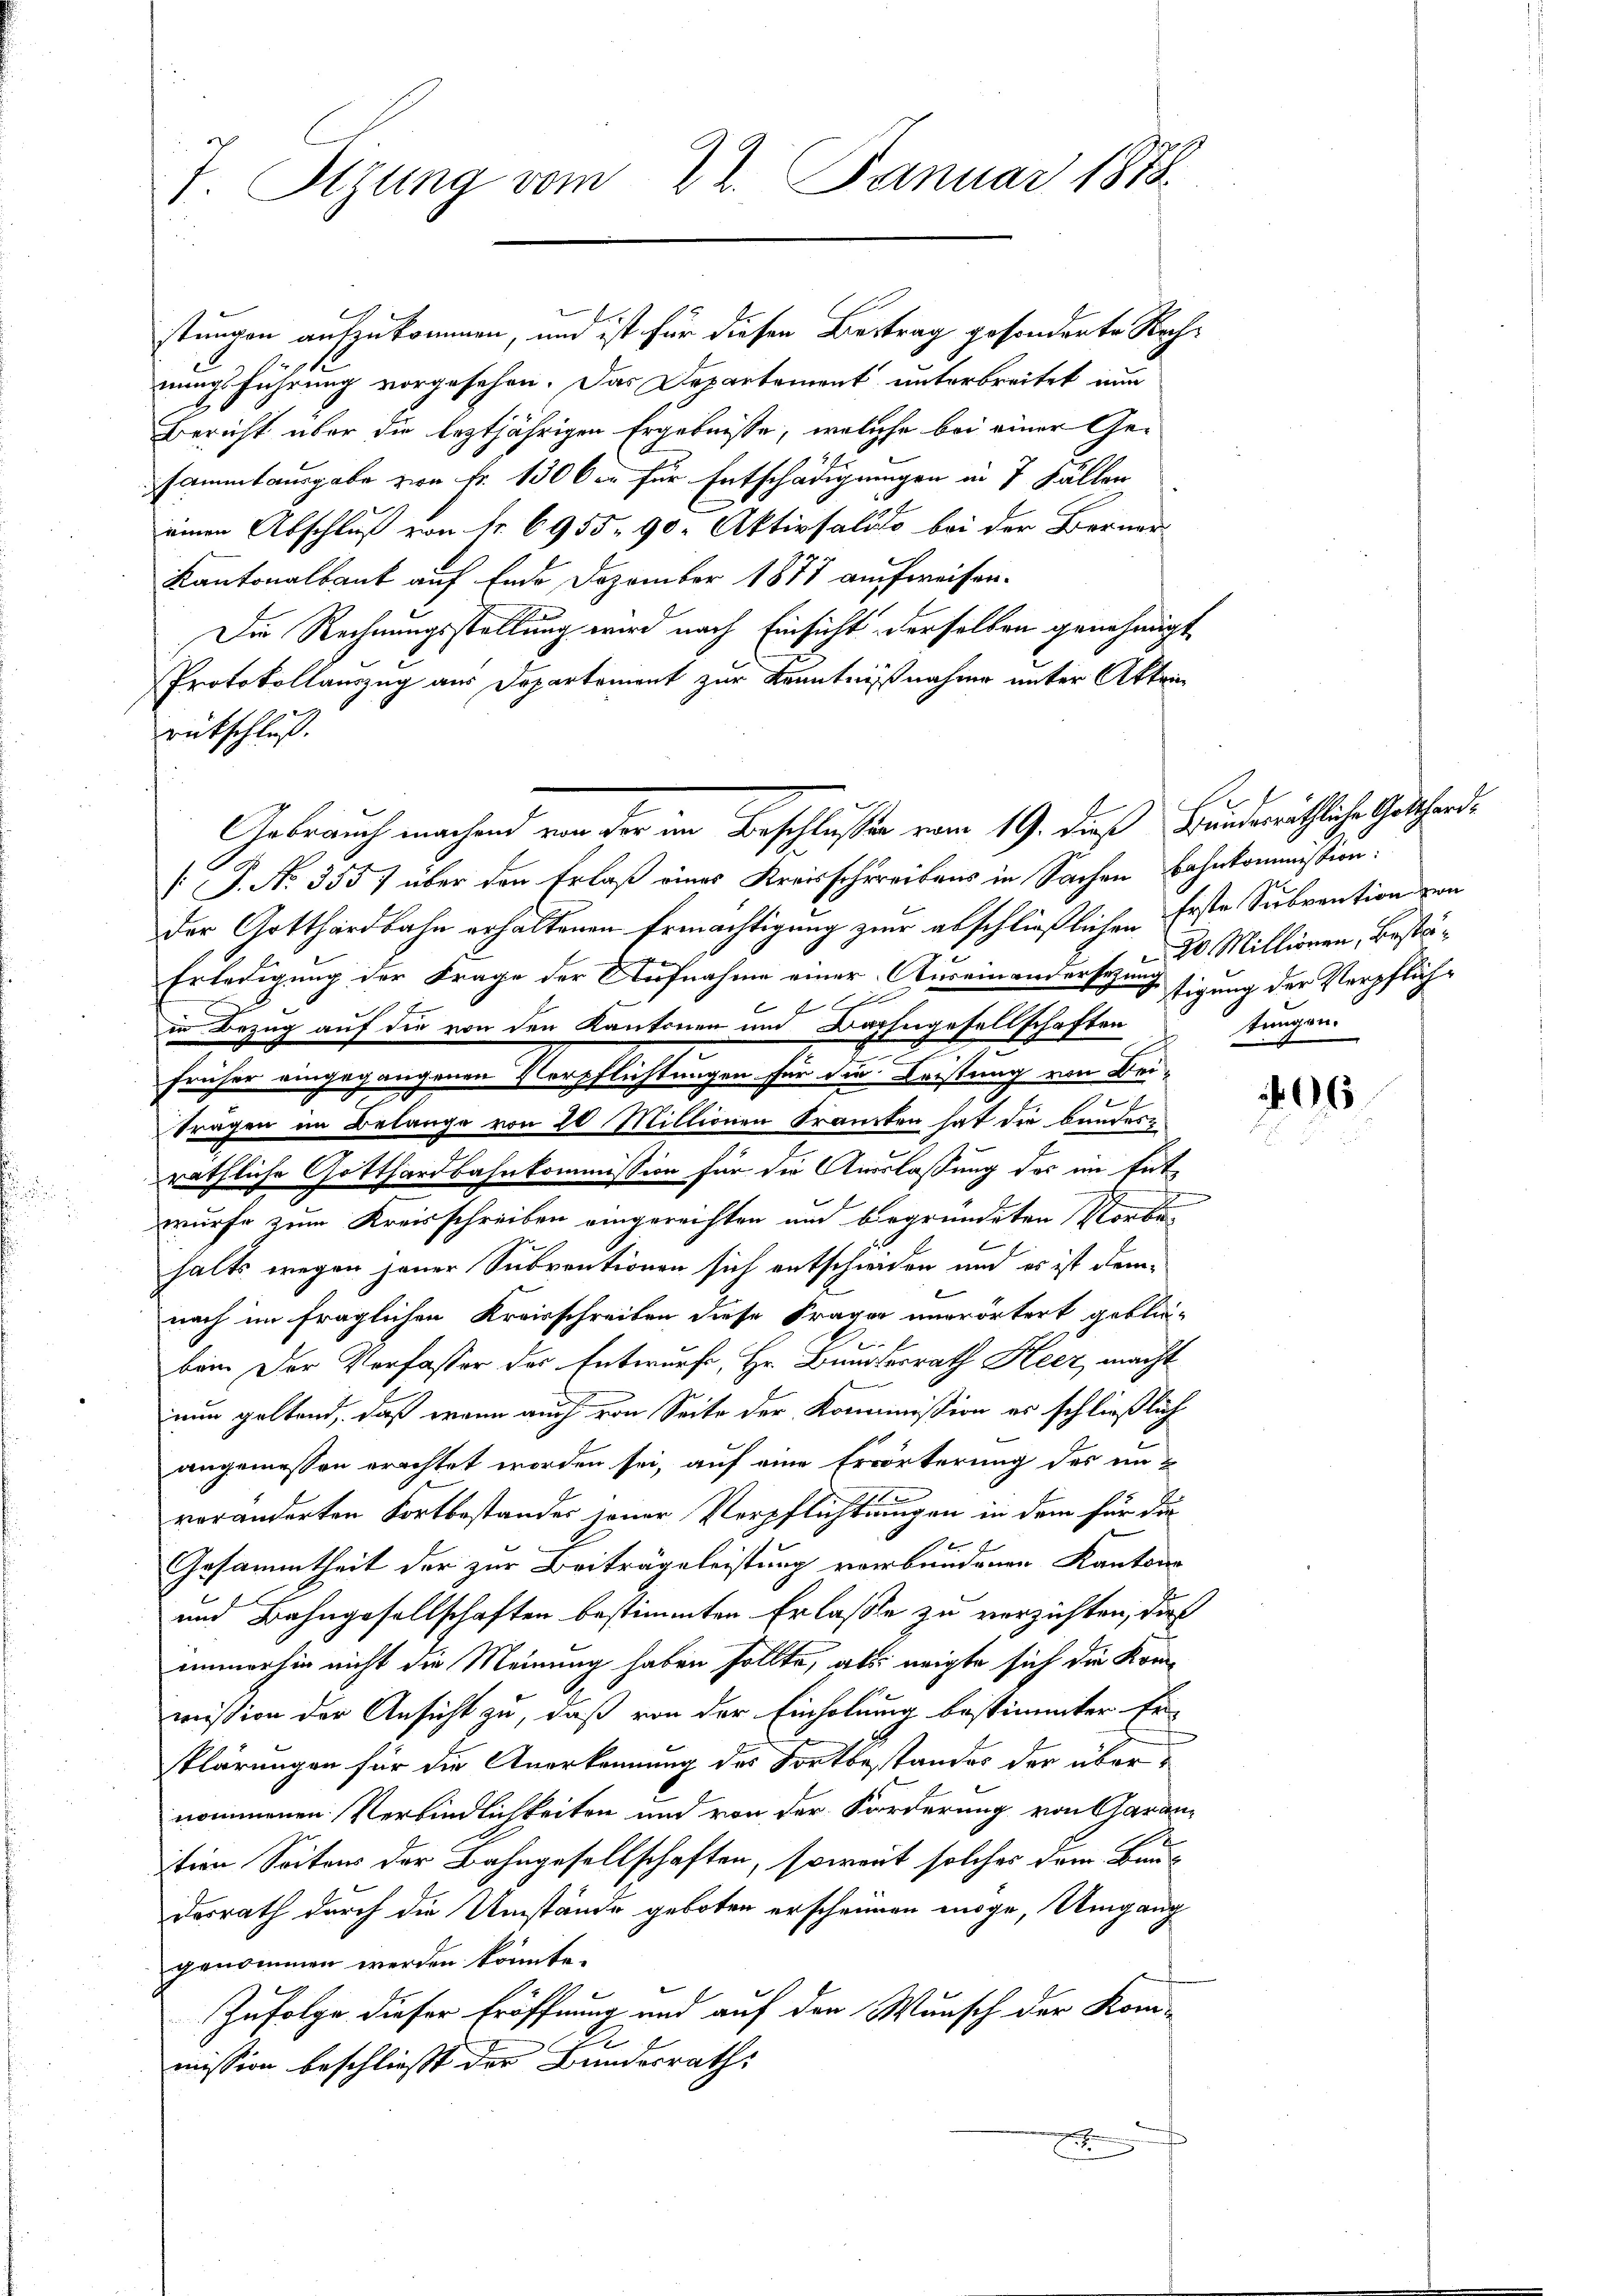
7. Sizung vom 22. Januar 1878

stungen aufzukommen, und ist für diesen Beitrag gesonderte Rechnungsführung vorgesehen. Das Departement unterbreitet nun
Bericht über die leztjährigen Ergebnisse, welche bei einer Gesammtausgabe von Fr. 130 der für Entschädigungen in 7 Fällen
einen Abschluß von Nr. 6955. 90 Aktivsalito bei der Berner
Kantonalbank auf Ende Dezember 1877 aufweisen.
Die Rechnungsstellung wird nach Einsicht derselben genehmigt
Protokollauszug aus Departement zur Kenntnißnahme unter Akten
rütschluß.
[J. No. 3557 über den Erlaß eines Kreisschreibens in Sachen Bahnkommission:
Der Gotthardbahn erhaltenen Ermächtigung zur abschließlichen Erste Subvention von
Erledigung der Frage der Aufnahme einer Auseinandersezungstigung der Verpflich¬

in Bezug auf die von den Kantonen um Bahngesellschaften
x
früher eingegangenen Verpflichtungen für die Leistung von Beitragen im Belange von 20 Millionen Kranten hat die bundere
räthliche Gotthardbahnkommission für die Auslassung des im Entwurfe zum Kreisschreiben eingereichten und begründeten Vorbehalts wegen jener Subventionen sich entschweiden und es ist demnach im fraglichen Kreisschreiben diese Frager unerörtert gebliebein Der Verfasser des Entwurfe, Hr. Bundesrath Heer, macht
nun geltend, daß wenn auch von Seite der Kommission es schließlich
angemessen erachtet worden sei, auf eine Erörterung des in-
voränderten Fortbestandes jener Verpflichtungen in dem für die
Gesammtheit der zur Beiträgeleistung verbundenen Kantons
und Bahngesellschaften bestimmten Erlaße zu verzichten, dies
immerhin nicht die Meinung haben sollte, als neigte sich die Kommission der Ansicht zu, daß von der Einholung bestimmter Erklärungen für die Anerkennung des Fortbestandes der übernommenen Verbindlichkeiten und von der Forderung von Garan-
ition Seitens der Bahngesellschaften, soweit solches dem Bau¬
Desrath durch die Umstände geboten erscheinen möge, Umgang
genommen werden könnte.
Zufolge dieser Eröffnung und auf den Wunsch der Kom-
e
mission beschließt der Bundesrath:
2

Gebrauch machend von der im Beschluße vom 19. dieß Bunderäthliche Gothand

20 Millionen, Bestätungen.

106